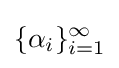
\{\alpha _{i}\}_{i=1}^{\infty }